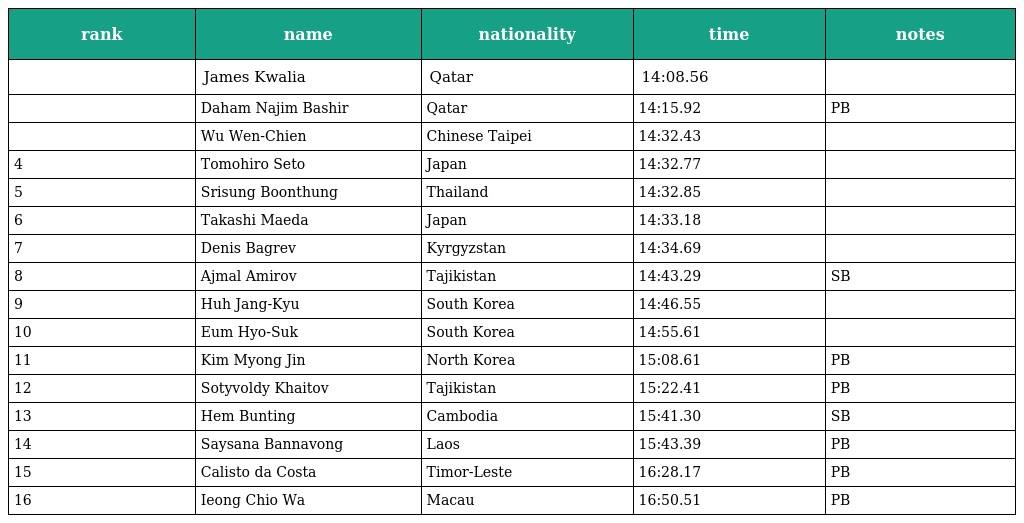
| rank | name | nationality | time | notes |
 | --- | --- | --- | --- | --- |
 |  | James Kwalia | Qatar | 14:08.56 |  |
 |  | Daham Najim Bashir | Qatar | 14:15.92 | PB |
 |  | Wu Wen-Chien | Chinese Taipei | 14:32.43 |  |
 | 4 | Tomohiro Seto | Japan | 14:32.77 |  |
 | 5 | Srisung Boonthung | Thailand | 14:32.85 |  |
 | 6 | Takashi Maeda | Japan | 14:33.18 |  |
 | 7 | Denis Bagrev | Kyrgyzstan | 14:34.69 |  |
 | 8 | Ajmal Amirov | Tajikistan | 14:43.29 | SB |
 | 9 | Huh Jang-Kyu | South Korea | 14:46.55 |  |
 | 10 | Eum Hyo-Suk | South Korea | 14:55.61 |  |
 | 11 | Kim Myong Jin | North Korea | 15:08.61 | PB |
 | 12 | Sotyvoldy Khaitov | Tajikistan | 15:22.41 | PB |
 | 13 | Hem Bunting | Cambodia | 15:41.30 | SB |
 | 14 | Saysana Bannavong | Laos | 15:43.39 | PB |
 | 15 | Calisto da Costa | Timor-Leste | 16:28.17 | PB |
 | 16 | Ieong Chio Wa | Macau | 16:50.51 | PB |